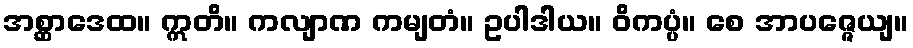
အစ္ဆာဒေထ။ ဣတိ။ ကလျာဏ ကမျတံ။ ဥပါဒါယ။ ဝိကပ္ပံ။ စေ အာပဇ္ဇေယျ။